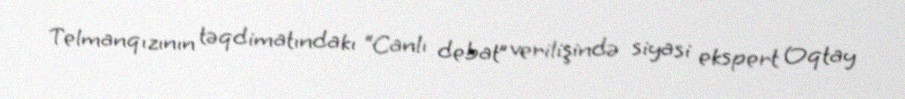
Telmanqızının təqdimatındakı “Canlı debat” verilişində siyasi ekspert Oqtay